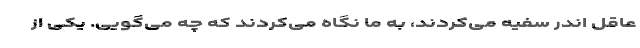
عاقل اندر سفیه می‌کردند، به ما نگاه می‌کردند که چه می‌گویی. یکی از